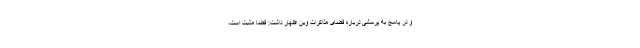
و در پاسخ به پرسشی درباره فضای مذاکرات وین اظهار داشت: فضا مثبت است،